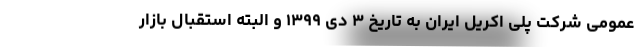
عمومی شرکت پلی اکریل ایران به تاریخ ۳ دی ۱۳۹۹ و البته استقبال بازار